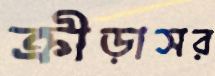
ক্রীড়াসর